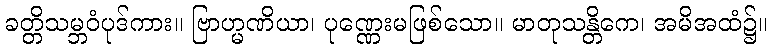
ခတ္တိသမ္ဘဝံပုဒ်ကား။ ဗြာဟ္မဏိယာ၊ ပုဏ္ဏေးမဖြစ်သော။ မာတုသန္တိကေ၊ အမိအထံ၌။